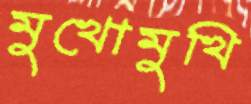
মুখোমুখি